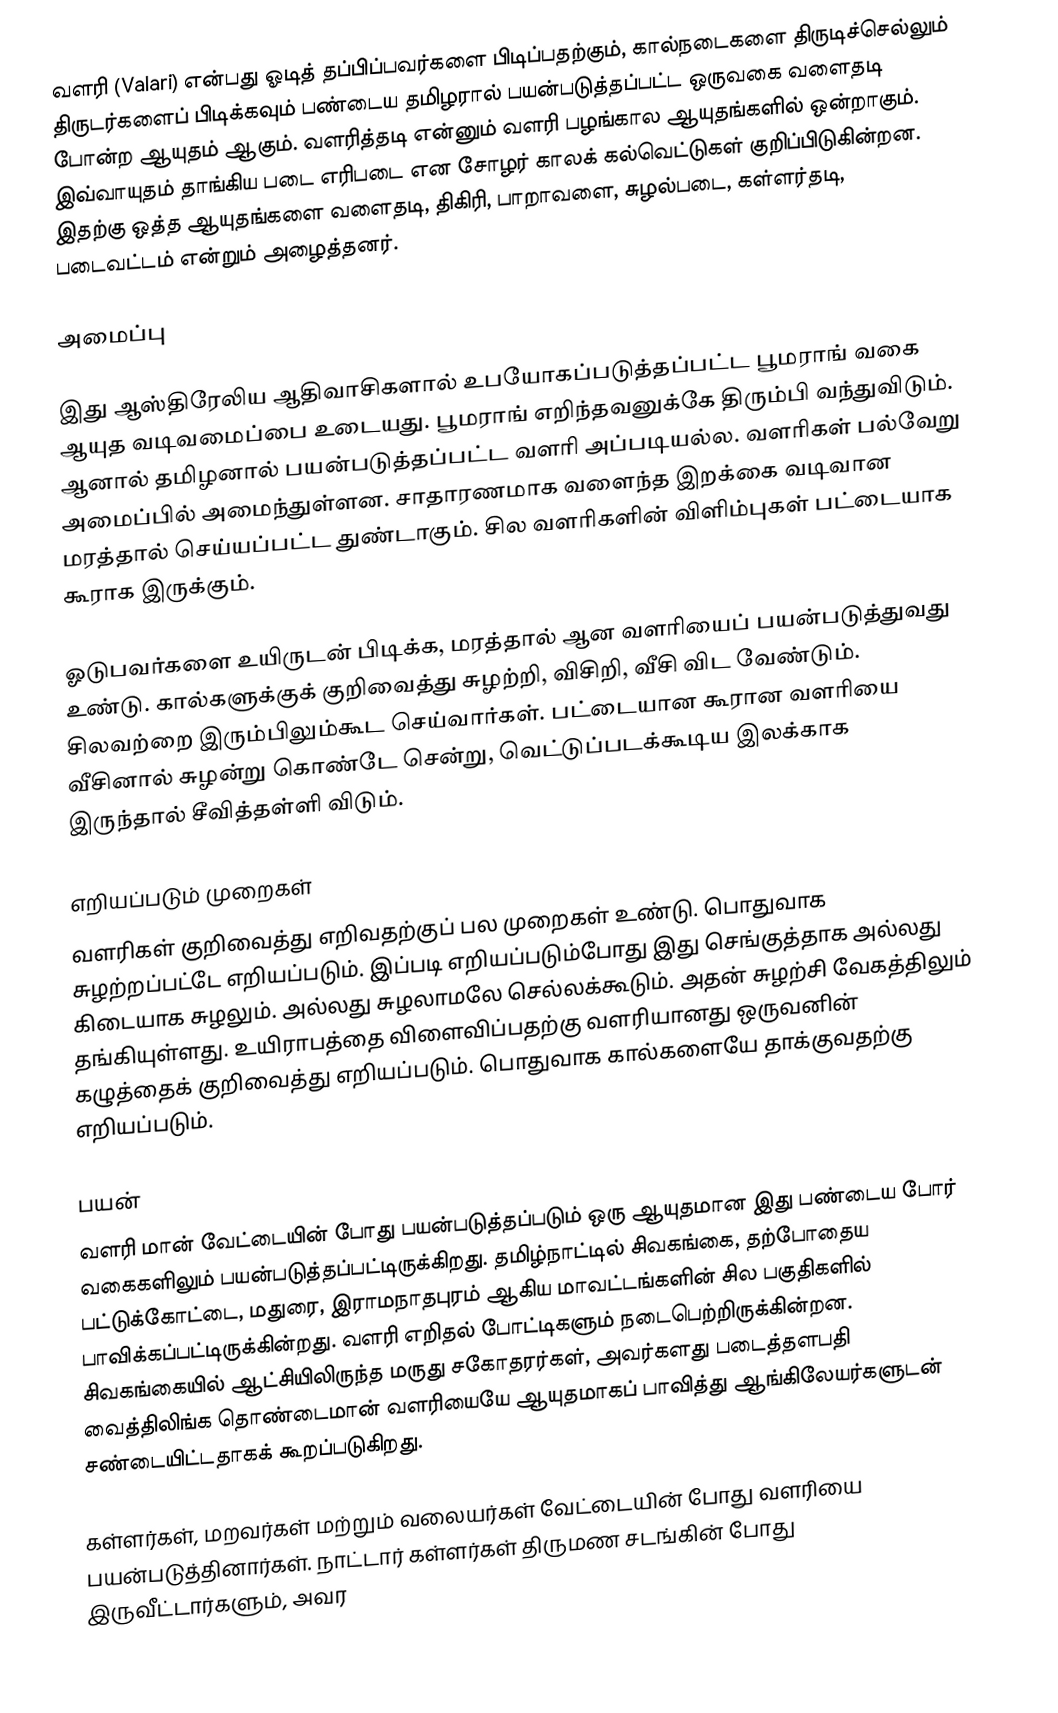
வளரி (Valari) என்பது ஓடித் தப்பிப்பவர்களை பிடிப்பதற்கும், கால்நடைகளை திருடிச்செல்லும் திருடர்களைப் பிடிக்கவும் பண்டைய தமிழரால் பயன்படுத்தப்பட்ட ஒருவகை வளைதடி போன்ற ஆயுதம் ஆகும். வளரித்தடி என்னும் வளரி பழங்கால ஆயுதங்களில் ஒன்றாகும். இவ்வாயுதம் தாங்கிய படை எரிபடை என சோழர் காலக் கல்வெட்டுகள் குறிப்பிடுகின்றன. இதற்கு ஒத்த ஆயுதங்களை வளைதடி, திகிரி, பாறாவளை, சுழல்படை, கள்ளர்தடி,  படைவட்டம் என்றும் அழைத்தனர்.

அமைப்பு

இது ஆஸ்திரேலிய ஆதிவாசிகளால் உபயோகப்படுத்தப்பட்ட பூமராங் வகை ஆயுத வடிவமைப்பை உடையது. பூமராங் எறிந்தவனுக்கே திரும்பி வந்துவிடும். ஆனால் தமிழனால் பயன்படுத்தப்பட்ட வளரி அப்படியல்ல. வளரிகள் பல்வேறு அமைப்பில் அமைந்துள்ளன. சாதாரணமாக வளைந்த இறக்கை வடிவான மரத்தால் செய்யப்பட்ட துண்டாகும். சில வளரிகளின் விளிம்புகள் பட்டையாக கூராக இருக்கும்.

ஓடுபவர்களை உயிருடன் பிடிக்க, மரத்தால் ஆன வளரியைப் பயன்படுத்துவது உண்டு. கால்களுக்குக் குறிவைத்து சுழற்றி, விசிறி, வீசி விட வேண்டும். சிலவற்றை இரும்பிலும்கூட செய்வார்கள். பட்டையான கூரான வளரியை வீசினால் சுழன்று கொண்டே சென்று, வெட்டுப்படக்கூடிய இலக்காக இருந்தால் சீவித்தள்ளி விடும்.

எறியப்படும் முறைகள்
வளரிகள் குறிவைத்து எறிவதற்குப் பல முறைகள் உண்டு. பொதுவாக சுழற்றப்பட்டே எறியப்படும். இப்படி எறியப்படும்போது இது செங்குத்தாக அல்லது கிடையாக சுழலும். அல்லது சுழலாமலே செல்லக்கூடும். அதன் சுழற்சி வேகத்திலும் தங்கியுள்ளது. உயிராபத்தை விளைவிப்பதற்கு வளரியானது ஒருவனின் கழுத்தைக் குறிவைத்து எறியப்படும். பொதுவாக கால்களையே தாக்குவதற்கு எறியப்படும்.

பயன்
வளரி மான் வேட்டையின் போது பயன்படுத்தப்படும் ஒரு ஆயுதமான இது பண்டைய போர் வகைகளிலும் பயன்படுத்தப்பட்டிருக்கிறது. தமிழ்நாட்டில் சிவகங்கை, தற்போதைய பட்டுக்கோட்டை, மதுரை, இராமநாதபுரம் ஆகிய மாவட்டங்களின் சில பகுதிகளில் பாவிக்கப்பட்டிருக்கின்றது. வளரி எறிதல் போட்டிகளும் நடைபெற்றிருக்கின்றன. சிவகங்கையில் ஆட்சியிலிருந்த மருது சகோதரர்கள், அவர்களது படைத்தளபதி வைத்திலிங்க தொண்டைமான் வளரியையே ஆயுதமாகப் பாவித்து ஆங்கிலேயர்களுடன் சண்டையிட்டதாகக் கூறப்படுகிறது.

கள்ளர்கள், மறவர்கள் மற்றும் வலையர்கள் வேட்டையின் போது வளரியை பயன்படுத்தினார்கள். நாட்டார் கள்ளர்கள் திருமண சடங்கின் போது இருவீட்டார்களும், அவர